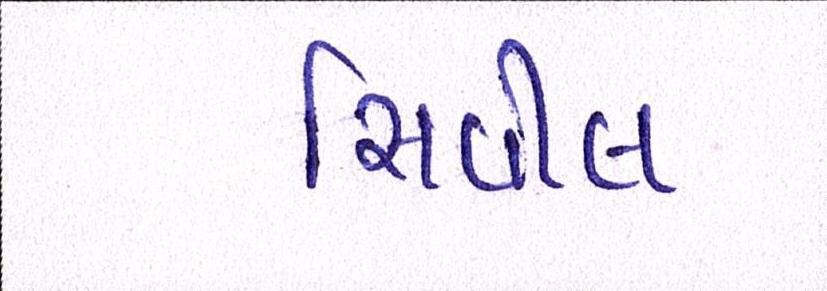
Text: સિવીલ